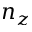
n _ { z }